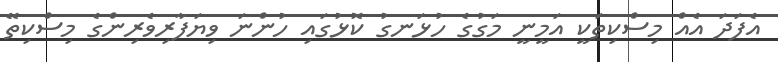
އެފަދަ އެއް މިސްކިތަކީ އަމީނީ މަގުގެ ހުޅަނގު ކޮޅުގައި ހުންނަ ވިޔަފާރިވެރިންގެ މިސްކިތޭ